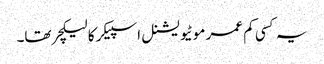
یہ کسی کم عمر موٹیویشنل اسپیکر کا لیکچر تھا۔